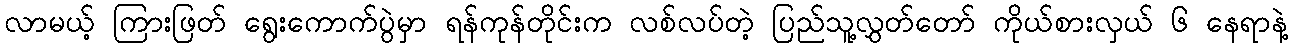
လာမယ့် ကြားဖြတ် ရွေးကောက်ပွဲမှာ ရန်ကုန်တိုင်းက လစ်လပ်တဲ့ ပြည်သူ့လွှတ်တော် ကိုယ်စားလှယ် ၆ နေရာနဲ့